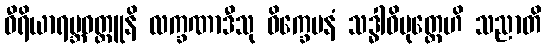
ဝီရိယာရမ္ဘဝတ္ထူနိ လက္ခဏာဒီသု ဝိက္ခေပနံ သဒ္ဓါဓိမုတ္တေဟိ သညာတိ